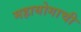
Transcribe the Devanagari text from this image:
महायोगाची